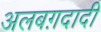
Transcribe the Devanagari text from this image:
अलबग़दादी